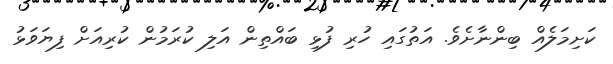
ކަށިމަލެއް ބިންނާށެވެ. އަތުގައި ހުރި ފުޅި ބައްތިން އަލި ކުރަމުން ކުރިއަށް ފިޔަވަޅު